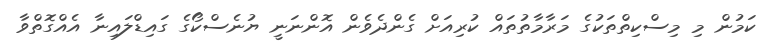
ކަމުން މި މިސްކިތްތަކުގެ މަރާމާތުތައް ކުރިއަށް ގެންދެވެން އޮންނަނީ ޔުނެސްކޯގެ ގައިޑްލައިނާ އެއްގޮތްވާ